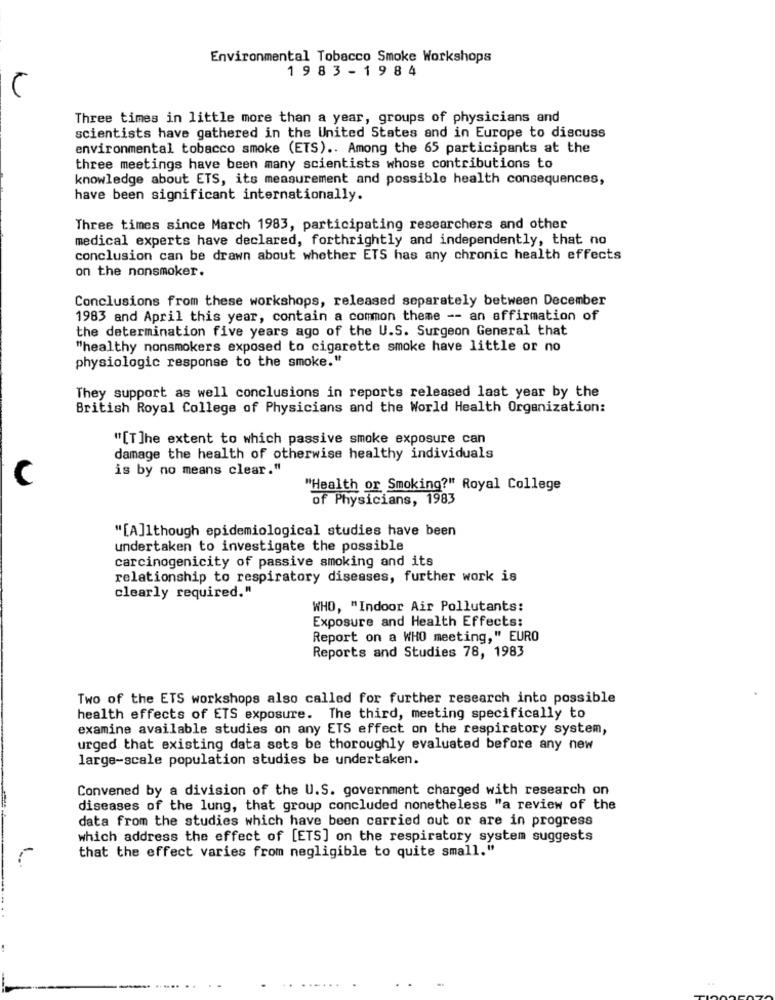
Environmental Tobacco Smoke Workshops
198 3 - 1 9 8 4
Three times in little more than a year, groups of physicians and
scientists have gathered in the United States and in Europe to discuss
environmental tobacco smoke (ETS) .. Among the 65 participants at the
three meetings have been many scientists whose contributions to
knowledge about ETS, its measurement and possible health consequences,
have been significant internationally.
Three times since March 1983, participating researchers and other
medical experts have declared, forthrightly and independently, that no
conclusion can be drawn about whether ETS has any chronic health effects
on the nonsmoker.
Conclusions from these workshops, released separately between December
1983 and April this year, contain a common theme -- an affirmation of
the determination five years ago of the U.S. Surgeon General that
"healthy nonsmokers exposed to cigarette smoke have little or no
physiologic response to the smoke."
They support as well conclusions in reports released last year by the
British Royal College of Physicians and the World Health Organization:
"[T]he extent to which passive smoke exposure can
damage the health of otherwise healthy individuals
is by no means clear."
C
"Health or Smoking?" Royal College
of Physicians, 1983
"[A]1though epidemiological studies have been
undertaken to investigate the possible
carcinogenicity of passive smoking and its
relationship to respiratory diseases, further work is
clearly required."
WHO, "Indoor Air Pollutants:
Exposure and Health Effects:
Report on a WHO meeting," EURO
Reports and Studies 78, 1983
Two of the ETS workshops also called for further research into possible
health effects of ETS exposure. The third, meeting specifically to
examine available studies on any ETS effect on the respiratory system,
urged that existing data sets be thoroughly evaluated before any new
large-scale population studies be undertaken.
Convened by a division of the U.S. government charged with research on
diseases of the lung, that group concluded nonetheless "a review of the
data from the studies which have been carried out or are in progress
which address the effect of [ETS] on the respiratory system suggests
that the effect varies from negligible to quite small."